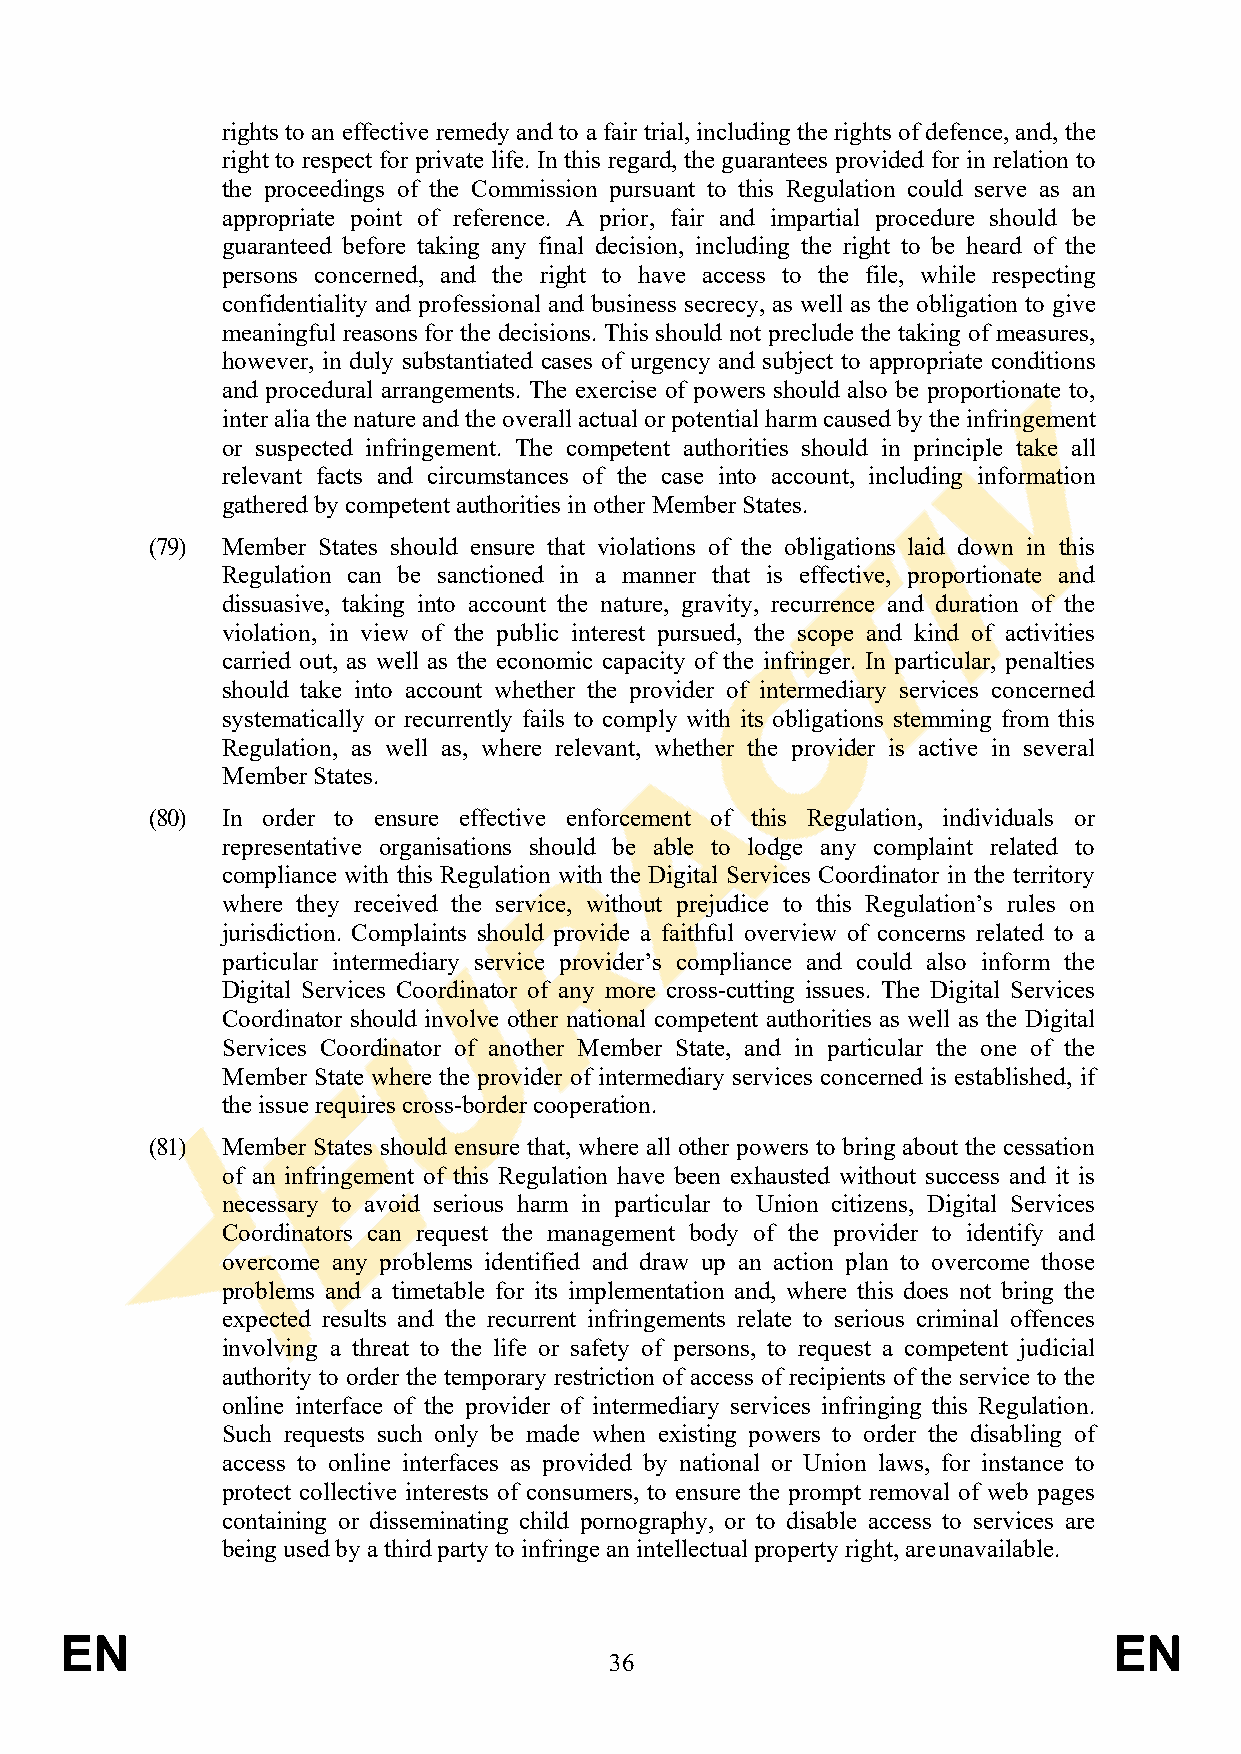
rights to an effective remedy and to a fair trial, including the rights of defence, and, the
 right to respect for private life. In this regard, the guarantees provided for in relation to
 the proceedings of the Commission pursuant to this Regulation could serve as an
 appropriate point of reference. A prior, fair and impartial procedure should be
 guaranteed before taking any final decision, including the right to be heard of the
 persons concerned, and the right to have access to the file, while respecting
 confidentiality and professional and business secrecy, as well as the obligation to give
 meaningful reasons for the decisions. This should not preclude the taking of measures,
 however, in duly substantiated cases of urgency and subject to appropriate conditions
 and procedural arrangements. The exercise of powers should also be proportionate to,
 inter alia the nature and the overall actual or potential harm caused by the infringement
 or suspected infringement. The competent authorities should in principle take all
 relevant facts and circumstances of the case into account, including information
 gathered by competent authorities in other Member States.
 (79) Member States should ensure that violations of the obligations laid down in this
 Regulation can be sanctioned in a manner that is effective, proportionate and
 dissuasive, taking into account the nature, gravity, recurrence and duration of the
 violation, in view of the public interest pursued, the scope and kind of activities
 carried out, as well as the economic capacity of the infringer. In particular, penalties
 should take into account whether the provider of intermediary services concerned
 systematically or recurrently fails to comply with its obligations stemming from this
 Regulation, as well as, where relevant, whether the provider is active in several
 Member States.
 (80) In order to ensure effective enforcement of this Regulation, individuals or
 representative organisations should be able to lodge any complaint related to
 compliance with this Regulation with the Digital Services Coordinator in the territory
 where they received the service, without prejudice to this Regulation’s rules on
 jurisdiction. Complaints should provide a faithful overview of concerns related to a
 particular intermediary service provider’s compliance and could also inform the
 Digital Services Coordinator of any more cross-cutting issues. The Digital Services
 Coordinator should involve other national competent authorities as well as the Digital
 Services Coordinator of another Member State, and in particular the one of the
 Member State where the provider of intermediary services concerned is established, if
 the issue requires cross-border cooperation.
 (81) Member States should ensure that, where all other powers to bring about the cessation
 of an infringement of this Regulation have been exhausted without success and it is
 necessary to avoid serious harm in particular to Union citizens, Digital Services
 Coordinators can request the management body of the provider to identify and
 overcome any problems identified and draw up an action plan to overcome those
 problems and a timetable for its implementation and, where this does not bring the
 expected results and the recurrent infringements relate to serious criminal offences
 involving a threat to the life or safety of persons, to request a competent judicial
 authority to order the temporary restriction of access of recipients of the service to the
 online interface of the provider of intermediary services infringing this Regulation.
 Such requests such only be made when existing powers to order the disabling of
 access to online interfaces as provided by national or Union laws, for instance to
 protect collective interests of consumers, to ensure the prompt removal of web pages
 containing or disseminating child pornography, or to disable access to services are
 being used by a third party to infringe an intellectual property right, are unavailable.
 EN                                                                    EN
 36